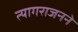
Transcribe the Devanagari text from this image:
त्यागराजनने